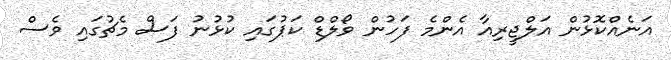
އަނެއްކޮޅުން އަލްޖީރިއާ އެންމެ ފަހުން ވޯލްޑް ކަޕުގައި ކުޅުނު ފަސް މެޗުގައި ވެސް